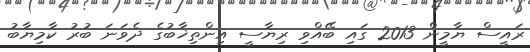
ރައީސް ޔާމީން 2013 ގައި ބޭއްވި ރިޔާސީ އިންތިޚާބުގެ ދެވަނަ ބުރު ކާމިޔާބު